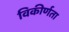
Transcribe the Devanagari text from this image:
विकीर्णता